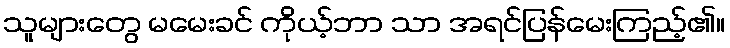
သူများတွေ မမေးခင် ကိုယ့်ဘာ သာ အရင်ပြန်မေးကြည့်၏။